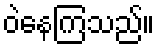
ဝဲနေကြသည်။